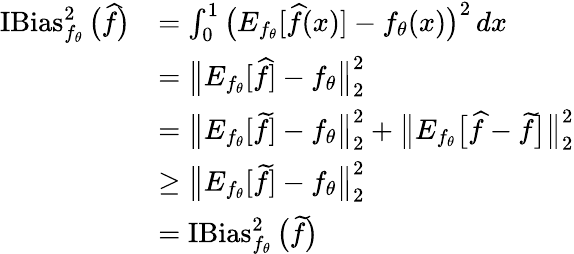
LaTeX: \begin{array}{rl}{\operatorname{IBias}_{f_{\theta}}^{2}\big(\widehat f\big)}&{=\int_{0}^{1}\big(E_{f_{\theta}}[\widehat f(x)]-f_{\theta}(x)\big)^{2}\, dx}\\ &{=\big\| E_{f_{\theta}}[\widehat f]-f_{\theta}\big\| _{2}^{2}}\\ &{=\big\| E_{f_{\theta}}[\widetilde f]-f_{\theta}\big\| _{2}^{2}+\big\| E_{f_{\theta}}\big[\widehat f-\widetilde f\big]\big\| _{2}^{2}}\\ &{\geq\big\| E_{f_{\theta}}[\widetilde f]-f_{\theta}\big\| _{2}^{2}}\\ &{=\operatorname{IBias}_{f_{\theta}}^{2}\big(\widetilde f\big)}\end{array}